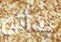
بدأتي